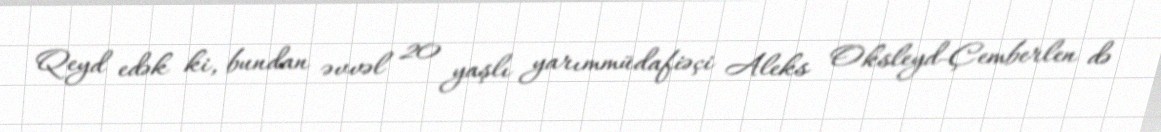
Qeyd edək ki, bundan əvvəl 20 yaşlı yarımmüdafiəçi Aleks Oksleyd-Çemberlen də